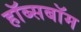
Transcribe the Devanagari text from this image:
हॉब्सबॉम